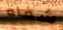
شفاه